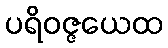
ပရိဝဇ္ဇယေထ